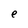
Character: e